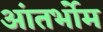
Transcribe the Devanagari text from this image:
आंतर्भोम